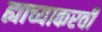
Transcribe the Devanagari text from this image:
ह्याच्याकरवी